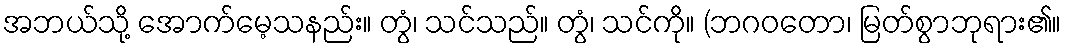
အဘယ်သို့ အောက်မေ့သနည်း။ တွံ၊ သင်သည်။ တွံ၊ သင်ကို။ (ဘဂဝတော၊ မြတ်စွာဘုရား၏။